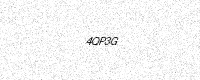
Text: 4QP3G